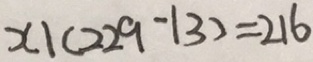
x \vert ( 2 2 9 - 1 3 ) = 2 1 6